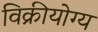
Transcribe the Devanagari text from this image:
विक्रीयोग्य